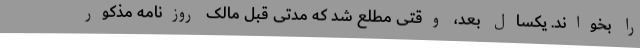
را بخواند. یکسال بعد، وقتی مطلع شد که مدتی قبل مالک روزنامه مذکور